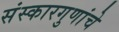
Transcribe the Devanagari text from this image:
संस्कारगुणांचे